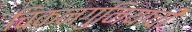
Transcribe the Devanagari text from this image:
चिकनगुनियाची